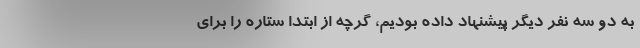
به دو سه نفر دیگر پیشنهاد داده بودیم، گرچه از ابتدا ستاره را برای